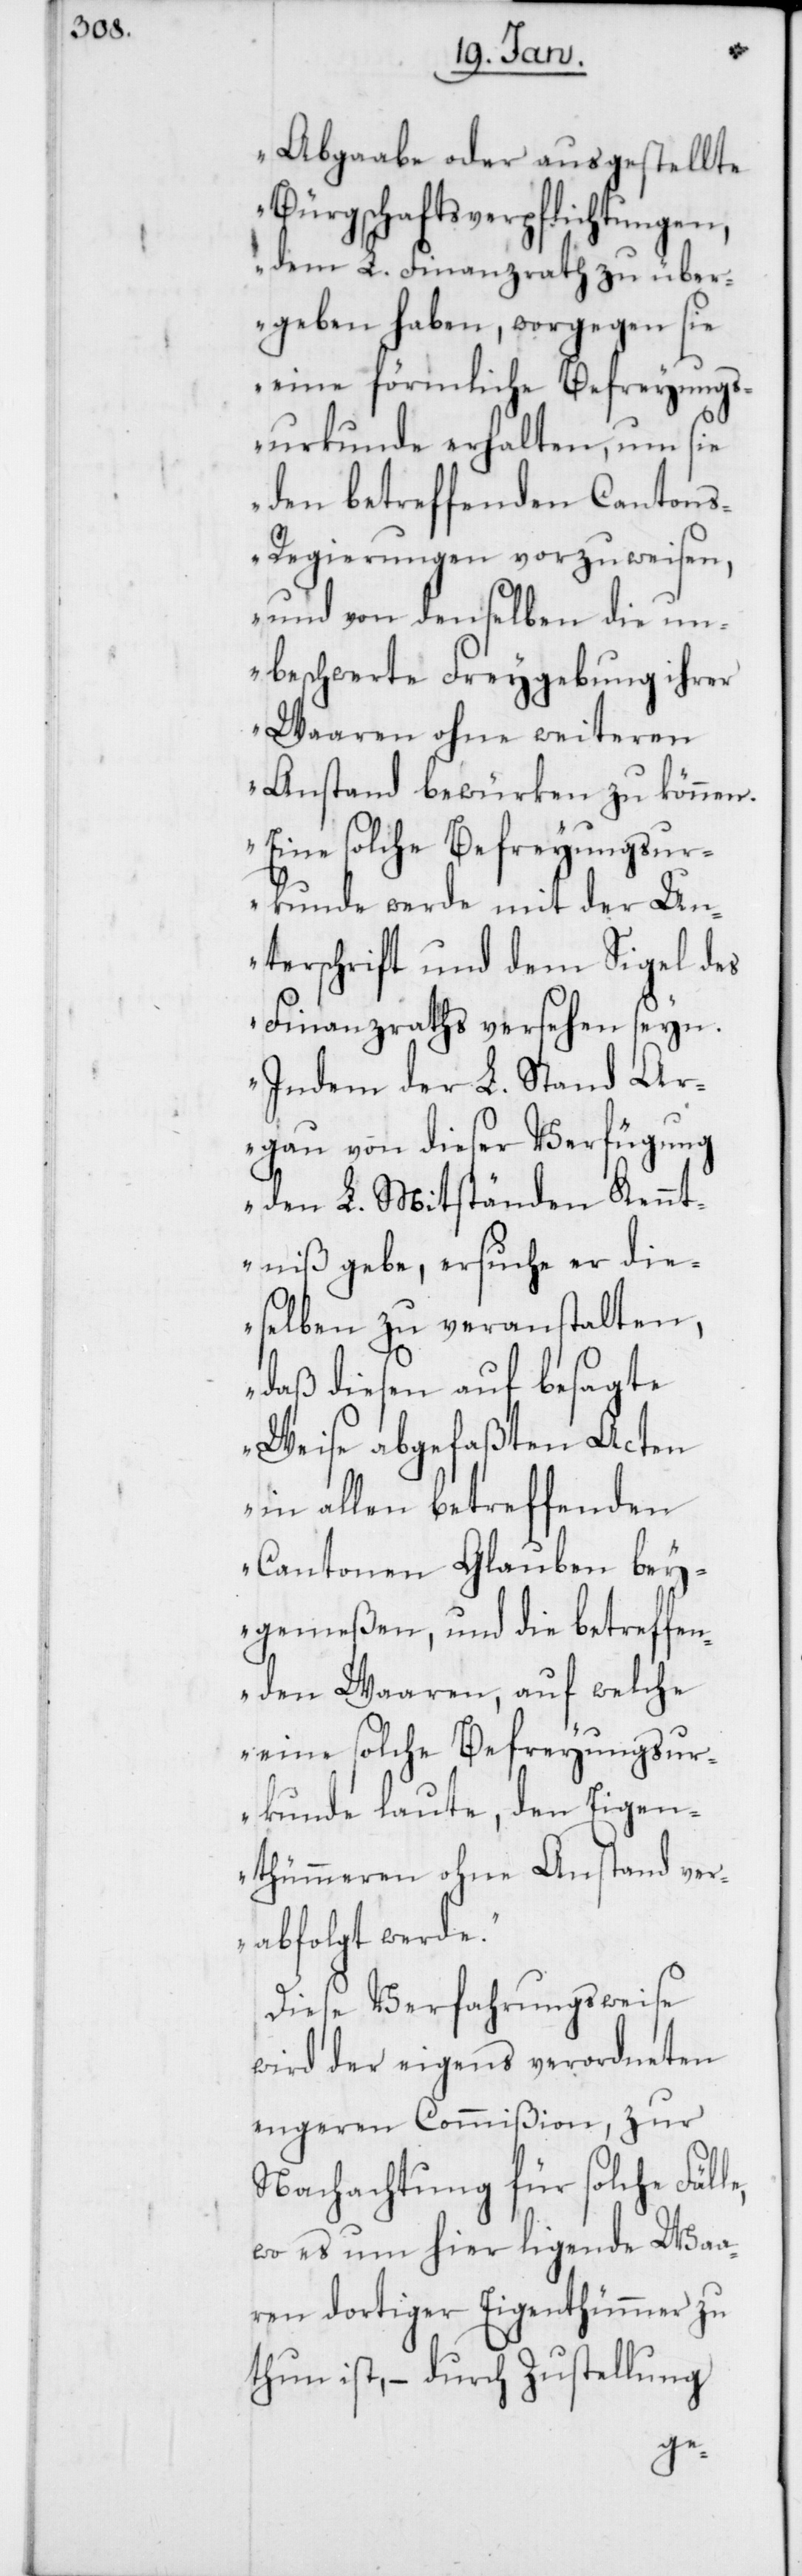
Abgaabe oder ausgestellte
Bürgschaftsverpflichtungen,
dem L. Finanzrath zu über¬
geben haben, worgegen sie
eine förmliche Befreyungs¬
urkunde erhalten, um sie
den betreffenden Canton¬
s-Regierungen vorzuweisen,
und von denselben die un¬
beschwerte Freygebung ihrer
Waaren ohne weiteren
Anstand bewürken zu können.
Eine solche Befreyungsur¬
kunde werde mit der Un¬
terschrift und dem Sigel des
Finanzraths versehen seyn.
Indem der L. Stand Ar¬
gau von dieser Verfügung
den L. Mitständen Kennt¬
niß gebe, ersuche er die¬
selben zu veranstalten,
daß diesen auf besagte
Weise abgefaßten Acten
in allen betreffenden
Cantonen Glauben bey¬
gemeßen, und die betreffen¬
den Waaren, auf welche
eine solche Befreyungsur¬
kunde laute, den Eigen¬
thümeren ohne Anstand ver¬
abfolgt werde“.
Diese Verfahrungsweise
wird der eigens verordneten
engeren Commißion, zur
Nachachtung für solche Fäl¬
wo es um hier ligende Waa¬
ren dortiger Eigenthümer zu
thun ist, – durch Zustellung
le,